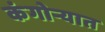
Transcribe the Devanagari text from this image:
कंगोऱ्यात